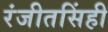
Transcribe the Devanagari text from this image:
रंजीतसिंही